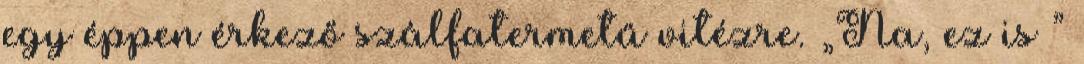
egy éppen érkező szálfatermetű vitéz­re. „Na, ez is ”